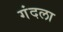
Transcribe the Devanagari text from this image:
गंदला